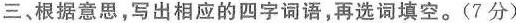
三、根据意思，写出相应的四字词语，再选词填空。(7分)